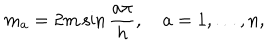
LaTeX: m _ { a } = 2 m \sin \frac { a \pi } { h } , ~ a = 1 , \dots , n ,